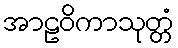
အာဠဝိကာသုတ္တံ